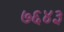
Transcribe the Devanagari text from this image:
७६४३